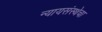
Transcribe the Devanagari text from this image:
न्यायसंस्थेचा